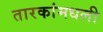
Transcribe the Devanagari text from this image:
तारकांमधली